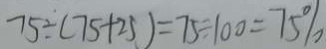
7 5 \div ( 7 5 + 2 5 ) = 7 5 \div 1 0 0 = 7 5 \%